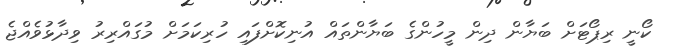
ކޯނީ ރިޕޯޓަށް ބަޔާން ދިން މީހުންގެ ބަޔާންތައް އުނިކޮށްފައި ހުރިކަމަށް މުގައްރިރު ވިދާޅުވެއްޖެ